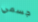
جسمي